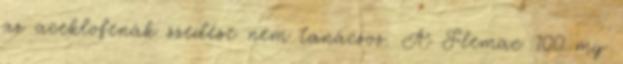
az aceklofenák szedése nem tanácsos. A Flemac 100 mg